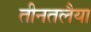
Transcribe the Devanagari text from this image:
तीनतलैया